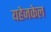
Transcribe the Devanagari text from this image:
यहेजकेल